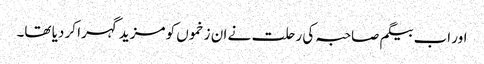
اور اب بیگم صاحبہ کی رحلت نے ان زخموں کو مزید گہرا کر دیا تھا۔